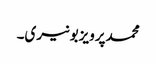
محمدپرویزبونیری۔